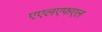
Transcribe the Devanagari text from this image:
एएलएफएल